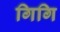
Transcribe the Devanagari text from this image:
गिगि